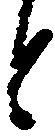
と